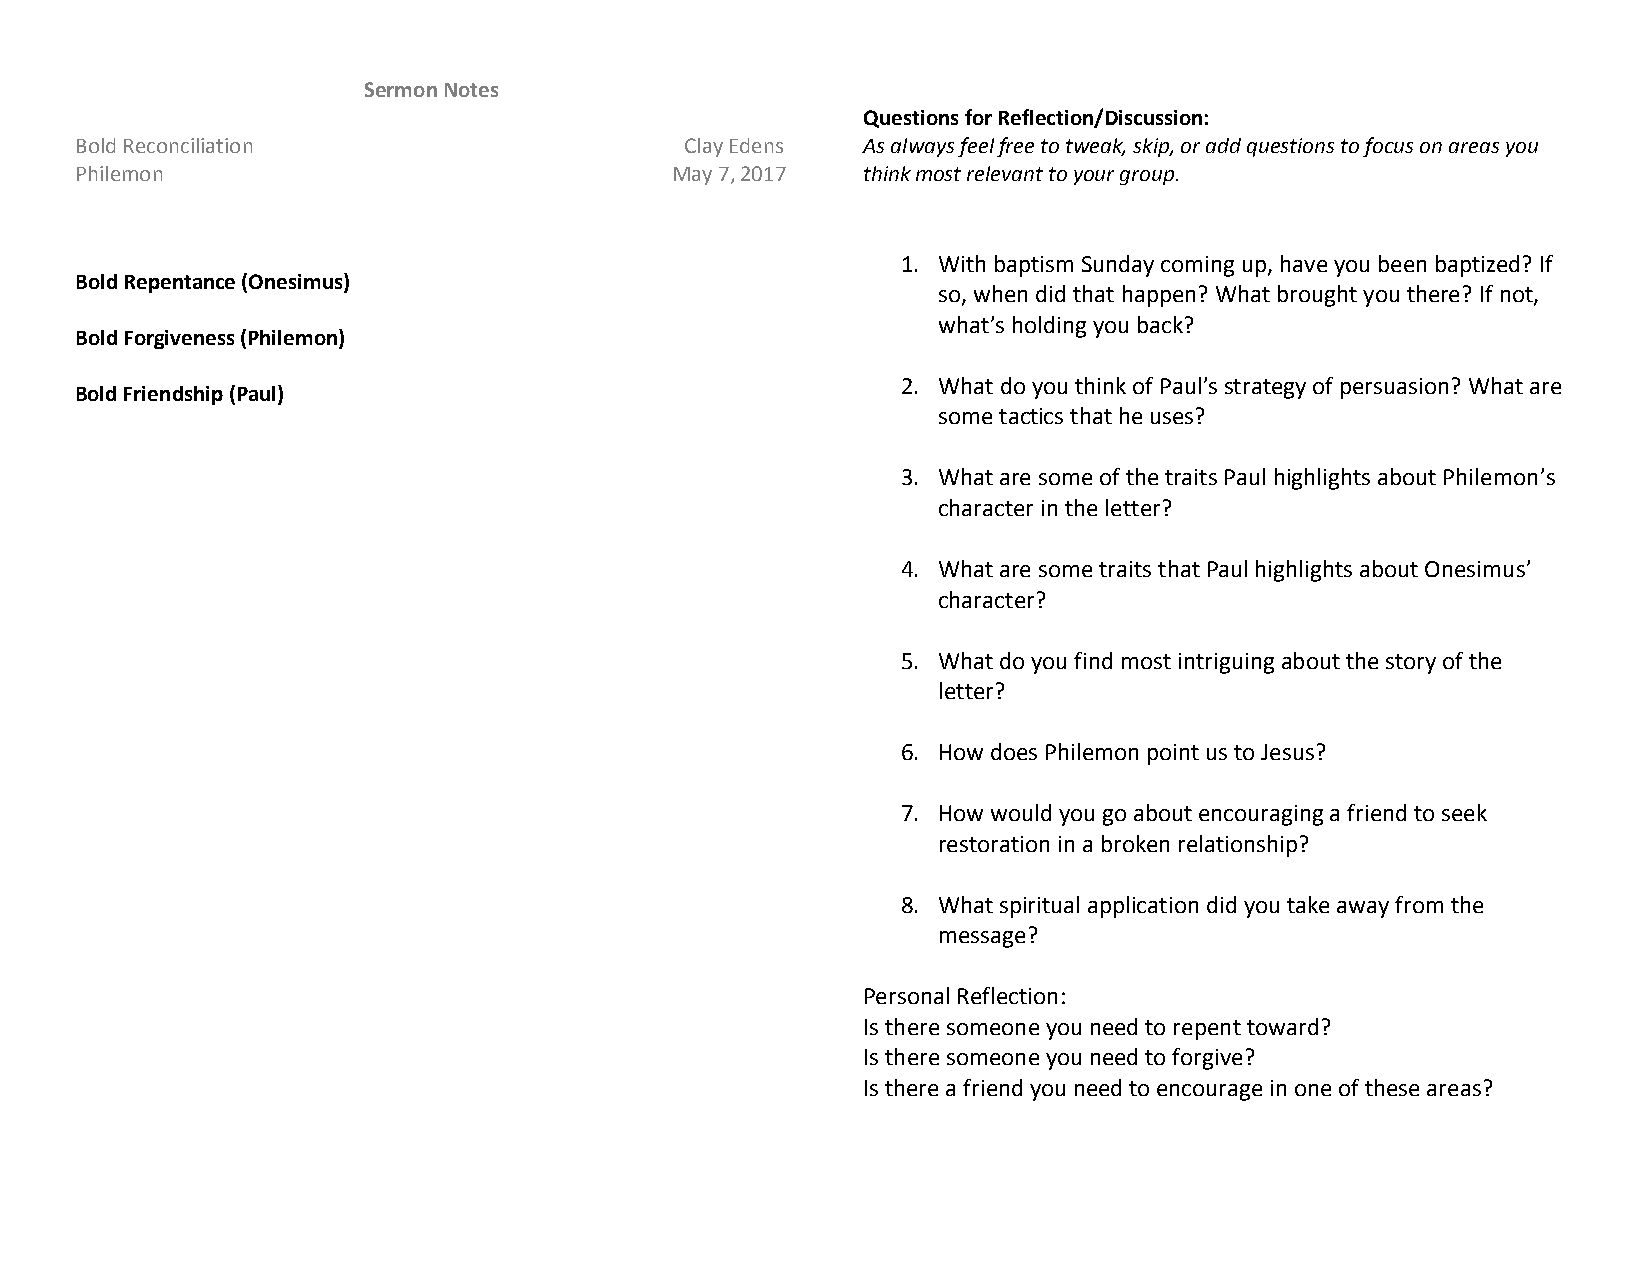
Sermon Notes
 Questions for Reflection/Discussion:
 Bold Reconciliation                     Clay Edens  As always feel free to tweak, skip, or add questions to focus on areas you
 Philemon                               May 7, 2017  think most relevant to your group.
 1. With baptism Sunday coming up, have you been baptized? If
 Bold Repentance (Onesimus)
 so, when did that happen? What brought you there? If not,
 what’s holding you back?
 Bold Forgiveness (Philemon)
 2. What do you think of Paul’s strategy of persuasion? What are
 Bold Friendship (Paul)
 some tactics that he uses?
 3. What are some of the traits Paul highlights about Philemon’s
 character in the letter?
 4. What are some traits that Paul highlights about Onesimus’
 character?
 5. What do you find most intriguing about the story of the
 letter?
 6. How does Philemon point us to Jesus?
 7. How would you go about encouraging a friend to seek
 restoration in a broken relationship?
 8. What spiritual application did you take away from the
 message?
 Personal Reflection:
 Is there someone you need to repent toward?
 Is there someone you need to forgive?
 Is there a friend you need to encourage in one of these areas?